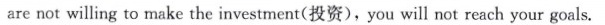
are not willing to make the investment(投资),you will not reach your goals.